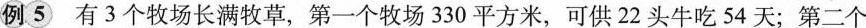
例5 有3个牧场长满牧草，第一个牧场330平方米，可供22头牛吃54天；第二个